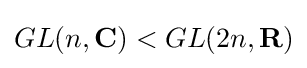
GL(n,\mathbf {C} )<GL(2n,\mathbf {R} )